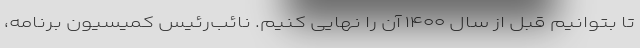
تا بتوانیم قبل از سال ۱۴۰۰ آن را نهایی کنیم. نائب‌رئیس کمیسیون برنامه،